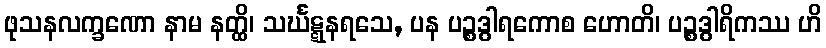
ဖုသနလက္ခဏော နာမ နတ္ထိ၊ သင်္ဃဋ္ဋနရသေ, ပန ပဉ္စဒွါရကောစ ဟောတိ၊ ပဉ္စဒွါရိကဿ ဟိ